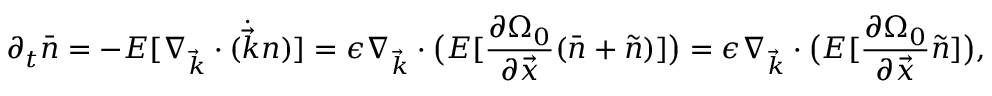
\partial _ { t } \bar { n } = - E [ \nabla _ { \vec { k } } \cdot ( \dot { \vec { k } } n ) ] = \epsilon \nabla _ { \vec { k } } \cdot \big ( E [ \frac { \partial \Omega _ { 0 } } { \partial \vec { x } } ( \bar { n } + \tilde { n } ) ] \big ) = \epsilon \nabla _ { \vec { k } } \cdot \big ( E [ \frac { \partial \Omega _ { 0 } } { \partial \vec { x } } \tilde { n } ] \big ) ,